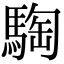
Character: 騊